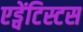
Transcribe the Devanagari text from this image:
एड्वेंटिस्टस